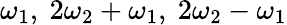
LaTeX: \omega_{1},~2\omega_{2}+\omega_{1},~2\omega_{2}-\omega_{1}